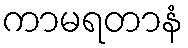
ကာမရတာနံ